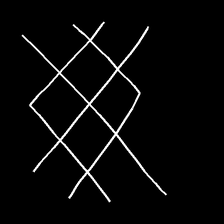
Glyph: crystal